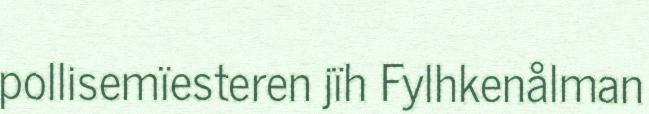
pollisemïesteren jïh Fylhkenålman